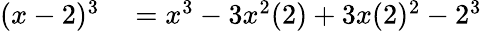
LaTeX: \begin{array}{rl}{(x-2)^{3}}&{{}=x^{3}-3x^{2}(2)+3x(2)^{2}-2^{3}}\end{array}